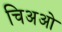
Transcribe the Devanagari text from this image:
चिअओ